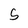
Character: 5